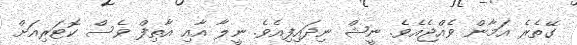
ގޭތެރެ އަމާން ވެއްޖެއެވެ. ނީޝް ނިދައިފިއެވެ. ނީލާ އާއި އާތިފް ވެސް ކޮޓަރިއަށް